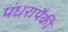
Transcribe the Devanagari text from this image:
पंधरापैकी